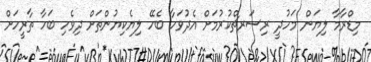
މިޑްރާމާ ލިޔަން މަހުދީ ރިސަރޗްކުރުމަށް އެދުވަހާ ބެހޭ ލިޔެކިޔުންތަށް ދިވެހި ބަހާ ތާރީހަށް